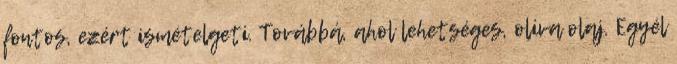
fontos, ezért ismételgeti. Továbbá, ahol lehetséges, olíva olaj. Egyél